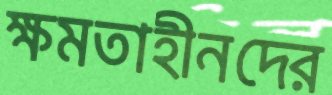
ক্ষমতাহীনদের